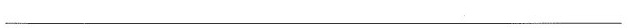
___